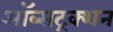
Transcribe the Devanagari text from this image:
ऑब्सट्रक्शन